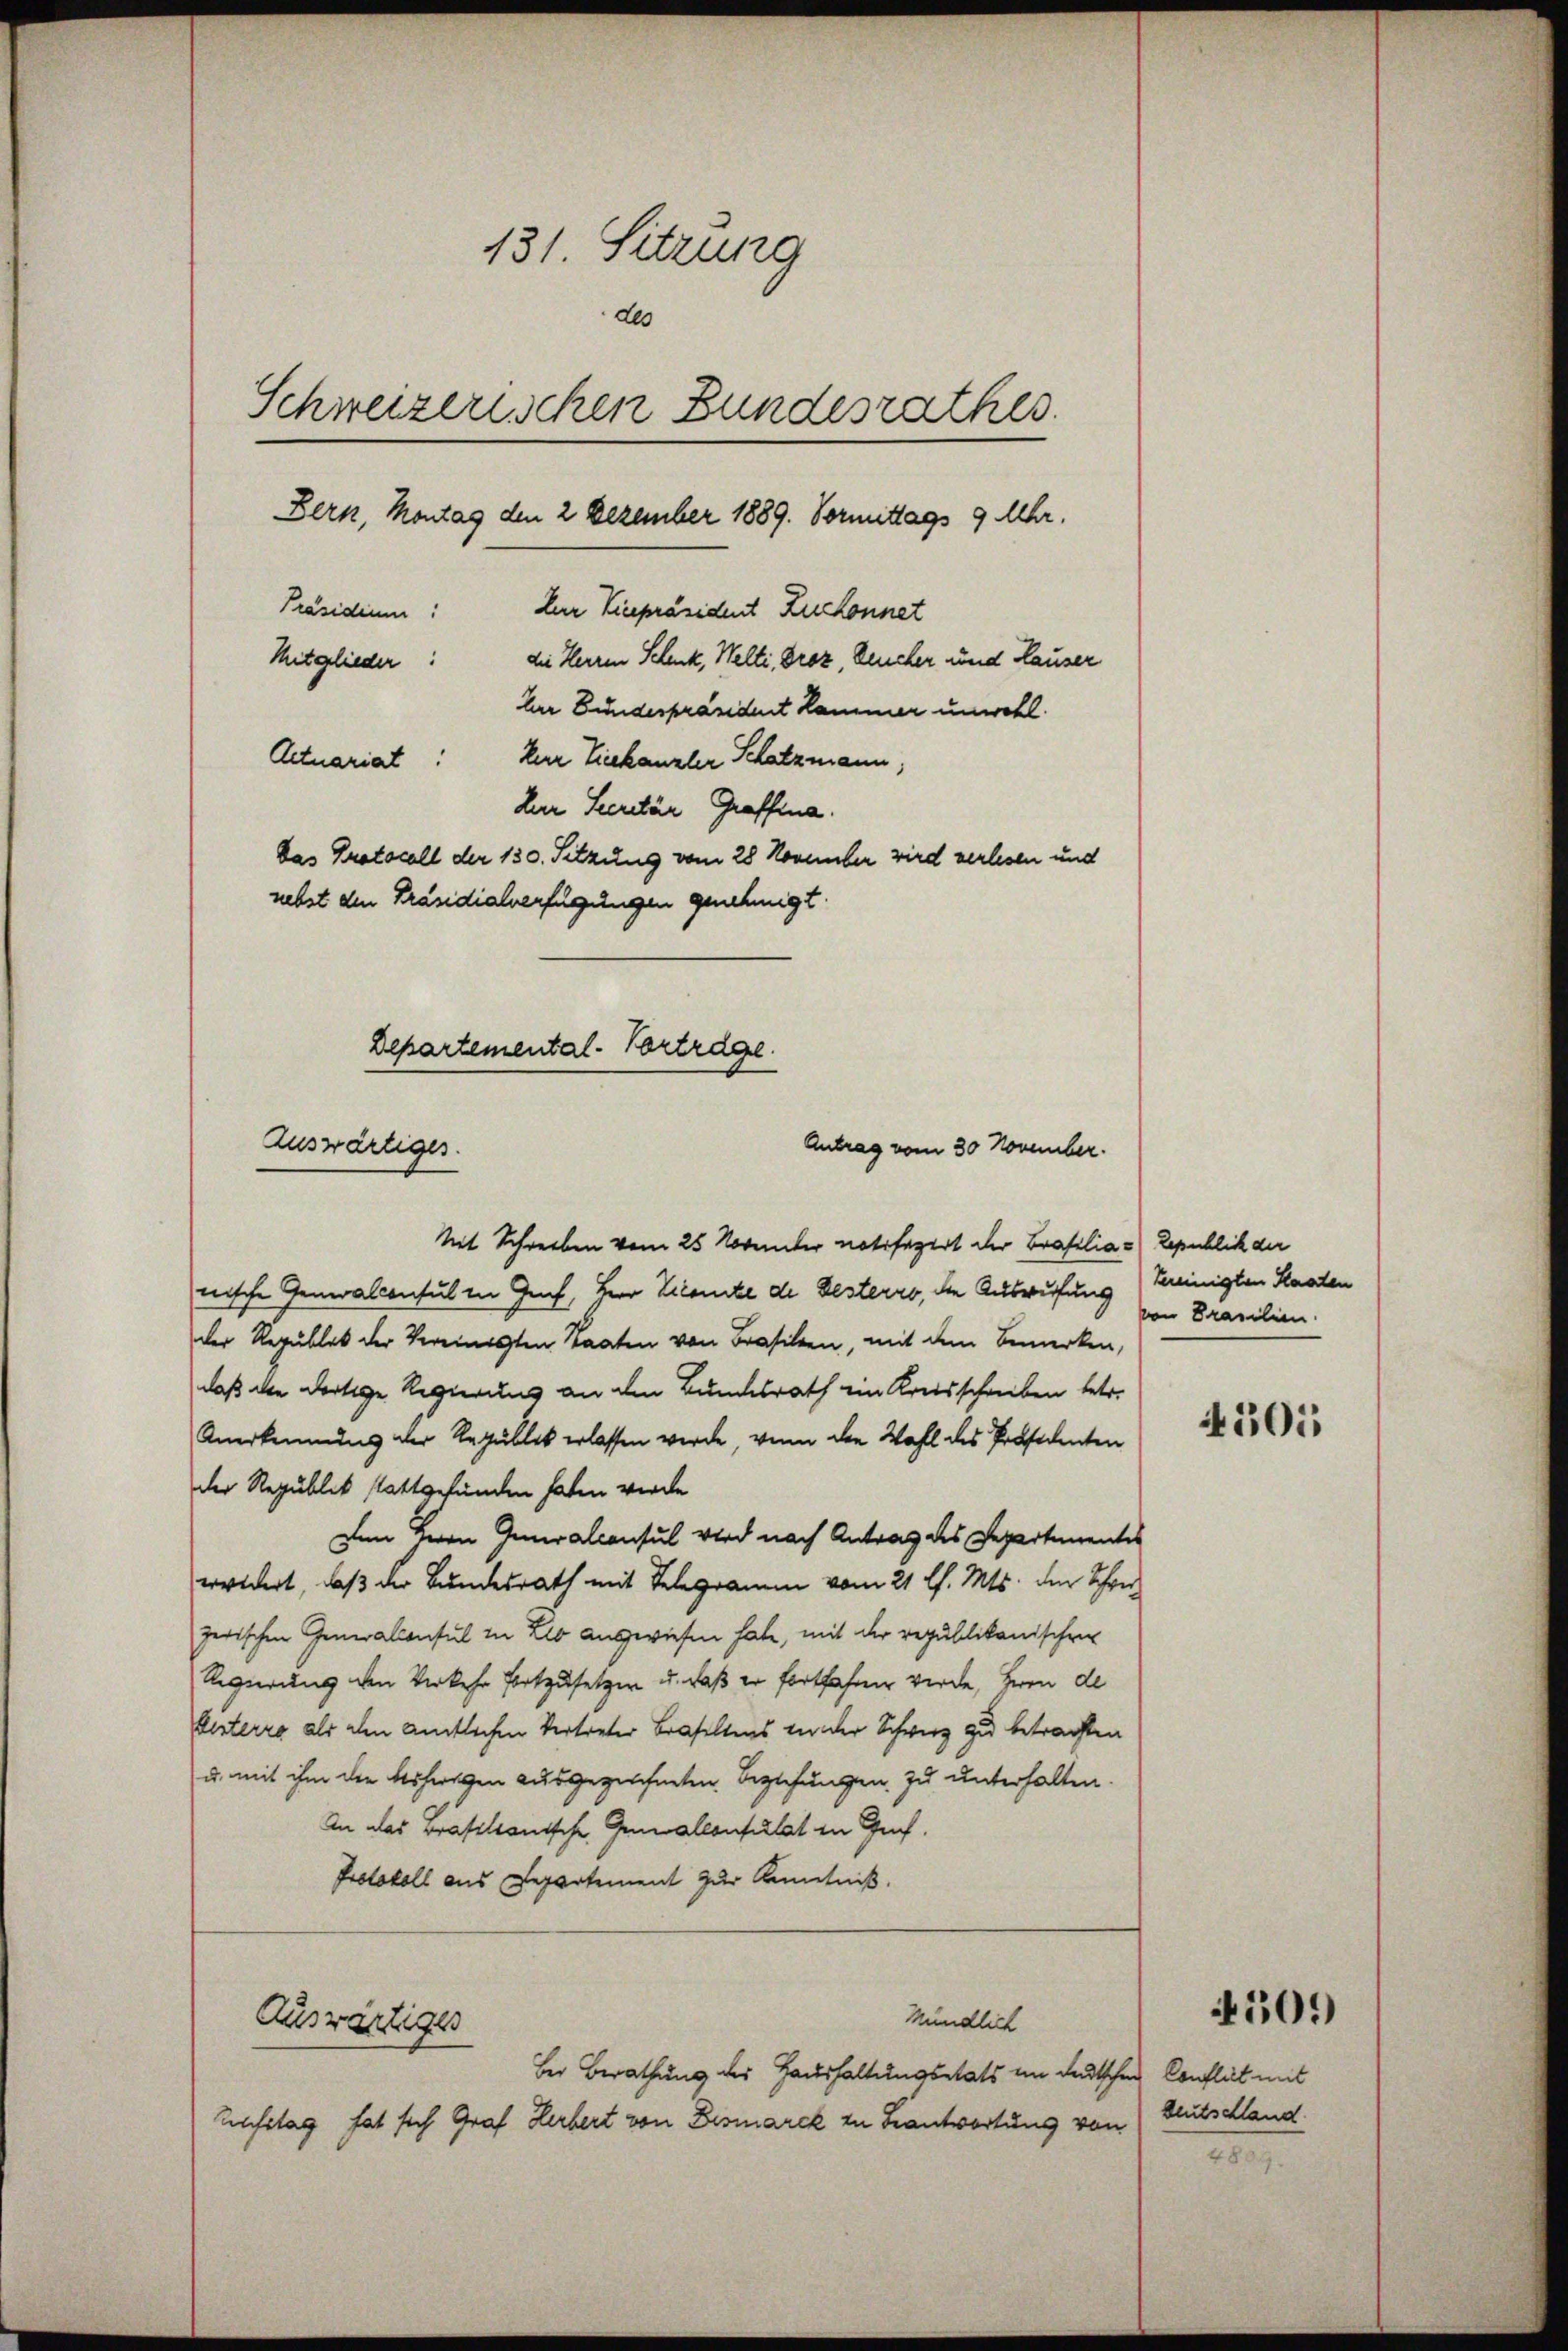
131. Sitzung
deo
Schweizerischen Bundesrathes.
Bern, Montag den 2 Dezember 1889. Vormittags 9 Uhr.
Mitglieder: die Herren Schenk, Welti, Droz, Deucher und Hauser
her Bundespräsident Kammer unwohl.
Actuariat
kur Tiekanzler Schatzmann,
der Secretär Graffina.
Das Protocoll der 130. Setzung vom 28 November wird verlesen und
nebst den Präsidialverfügungen genehmigt.

Präsidium: Der Vicepräsident Zurkennet

Departemental-Vorträge.
Auswärtiger.
Antrag vom 30 November.

Mit Schreiben vom 25. November notifazirt der Brafilia - Republik der
nische Generalconsul in Genf, Herr Vicante de Besterro, die Ausrufung bereinigten Standen
der Republik der Vereinigten Staaten von Brasilien, mit dem Bemerken,
daß die dortige Regierung an den Bundesrath ein Kreisschreiben betr.
Anerkennung der Republik erlassen werde, wenn die Wahl des Präsidenten
der Republik stattgefunden haben werde
Dem Herrn Generalconsul wird nach Antrag des Departementes
erwidert, daß der Bundesrath mit Telegramm vom 21 l. Mts. der Thon
zerischen Generalconsul in Leo angewiesen habe, mit der republikanischen
Regierung den Verkehr fortzusetzen u. daß er fortfahren werde, Herrn de
Oesterre als den amtlichen Vertreter Baseltens von der Schweiz zu betrachten
u. mit ihm die bisherigen ausgezeichneten Beziehungen zu unterhalten.
An das Brasilianische Gemallonsulat in Gef
Protokoll aus Departement zur Kenntniß.

Mündlich
Auswärtiger
Bei Berathung des Haushaltungsetats im Ladischen Conflict mit

Aufstag hat sich Graf Herbert von Bismarck zu Beantwortung von

von Brasilien.

4501

509

deutschland

4809.